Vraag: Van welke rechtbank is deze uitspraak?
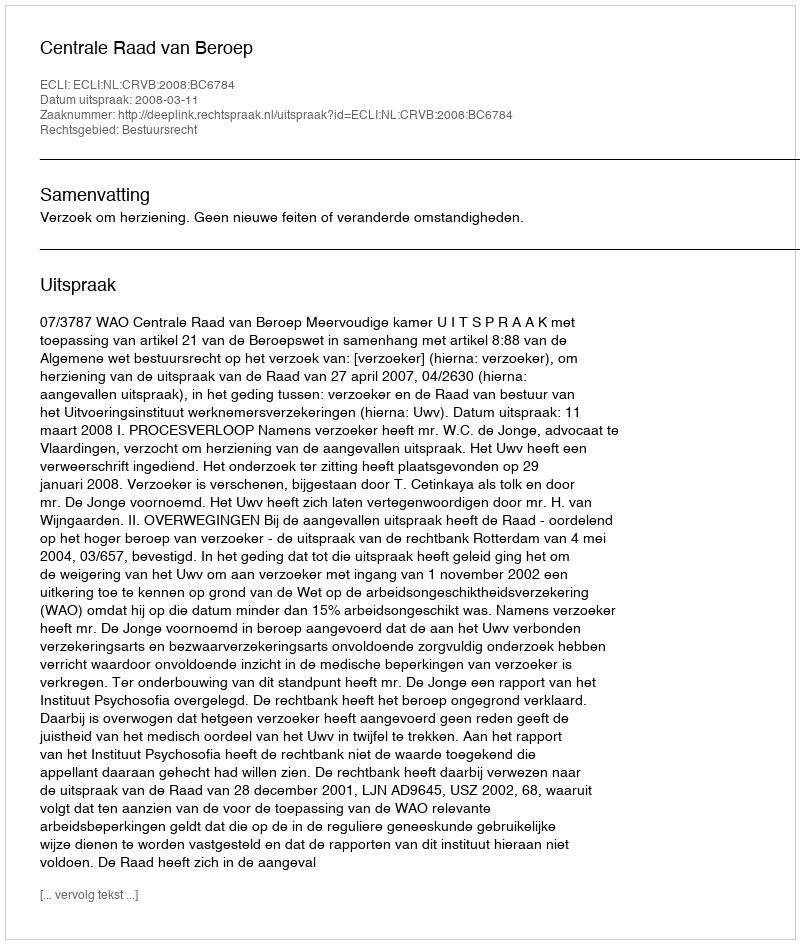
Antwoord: Centrale Raad van Beroep